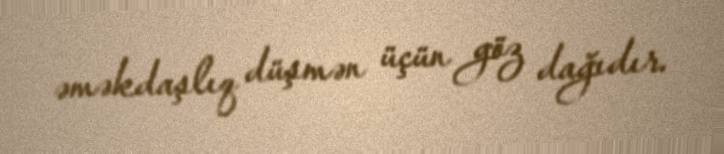
əməkdaşlıq düşmən üçün göz dağıdır.